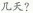
几天?